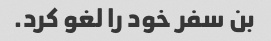
بن سفر خود را لغو کرد.